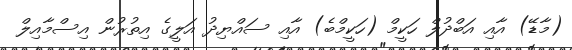
(މާޑޭ) އާއި އަބްދުލް ހަކީމް (ހަކީމްބެ) އާއި ސައްޔިދު އަލީގެ އިތުރުން އިސްމާއިލް